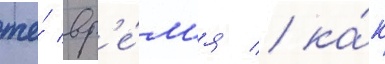
же́ вр'е́м'я / ка́к